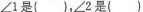
∠1是()，∠2是()